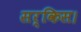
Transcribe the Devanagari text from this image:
सर्किस।